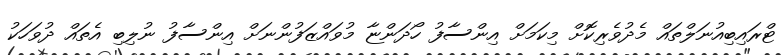
ޓްރައިބިއުނަލްތައް މެދުވެރިކޮށް މިކަމަށް އިންސާފު ހޯދަންޏާ މުވައްޒަފުންނަށް އިންސާފު ނުލިބި އެތައް ދުވަހަކު